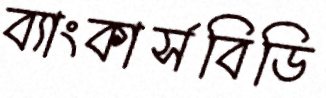
ব্যাংকার্সবিডি